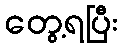
တွေ့ရပြီး